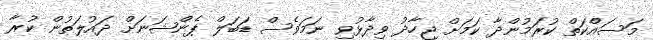
މަސައްކަތް ކުރަމުންދާ ކަމަށް ޖިހާދު ވިދާޅުވި ނަމަވެސް ޑަބަލް ޕެންޝަނަށް ދައުލަތުން ކުރާ